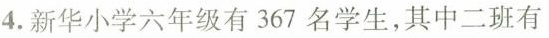
4.新华小学六年级有367名学生，其中二班有